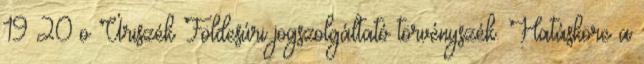
19 20 o Úriszék Földesúri jogszolgáltató törvényszék. Hatásköre a